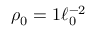
\rho _ { 0 } = 1 \ell _ { 0 } ^ { - 2 }